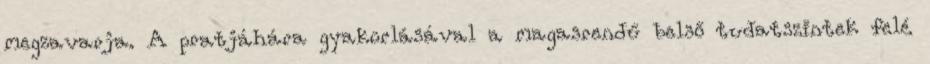
megzavarja. A pratjáhára gyakorlásával a magasrendű belső tudatszintek felé